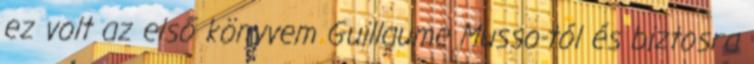
ez volt az első könyvem Guillaume Musso-tól és biztosra